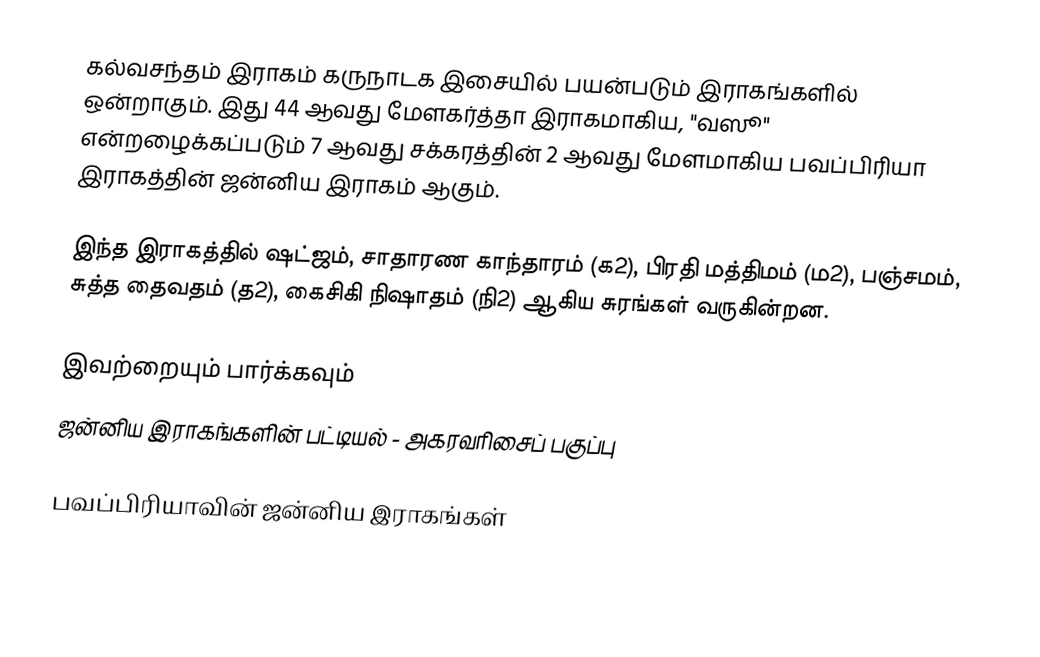
கல்வசந்தம் இராகம் கருநாடக இசையில் பயன்படும் இராகங்களில் ஒன்றாகும். இது 44 ஆவது மேளகர்த்தா இராகமாகிய, "வஸூ" என்றழைக்கப்படும் 7 ஆவது சக்கரத்தின் 2 ஆவது மேளமாகிய பவப்பிரியா இராகத்தின் ஜன்னிய இராகம் ஆகும்.

இந்த இராகத்தில் ஷட்ஜம், சாதாரண காந்தாரம் (க2), பிரதி மத்திமம் (ம2), பஞ்சமம், சுத்த தைவதம் (த2), கைசிகி நிஷாதம்  (நி2) ஆகிய சுரங்கள் வருகின்றன.

இவற்றையும் பார்க்கவும்
 ஜன்னிய இராகங்களின் பட்டியல் - அகரவரிசைப் பகுப்பு

பவப்பிரியாவின் ஜன்னிய இராகங்கள்